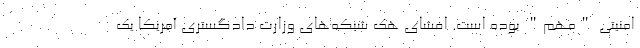
امنیتی "مهم" بوده است. افشای هک شبکه‌های وزارت دادگستری آمریکا یک